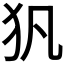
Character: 𤜦